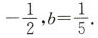
- \frac { 1 } { 2 }$$，$$b = \frac { 1 } { 5 }$$.